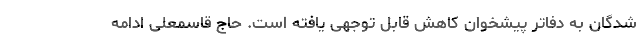
شدگان به دفاتر پیشخوان کاهش قابل توجهی یافته است. حاج قاسمعلی ادامه